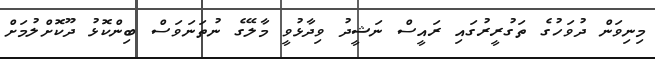
މިނިވަން ދުވަހުގެ ތަގުރީރުގައި ރައީސް ނަޝީދު ވިދާޅުވީ މާލޭގެ ނުތަނަވަސް ބިންކޮޅު ދޫކޮށްލުމަށް